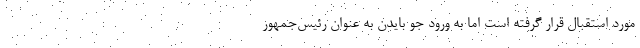
مورد استقبال قرار گرفته است اما به ورود جو بایدن به عنوان رئیس‌جمهور